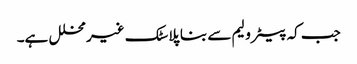
جب کہ پیٹرولیم سے بنا پلاسٹک غیر محلل ہے۔